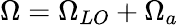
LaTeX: \Omega=\Omega_{LO}+\Omega_{a}